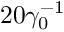
2 0 \gamma _ { 0 } ^ { - 1 }